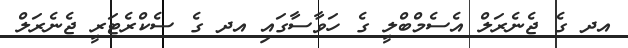
އދ ގެ ޖެނެރަލް އެސެމްބްލީ ގެ ހަވާސާގައި އދ ގެ ސެކްރެޓަރީ ޖެނެރަލް